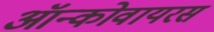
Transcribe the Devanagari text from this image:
ऑन्कोवायरस